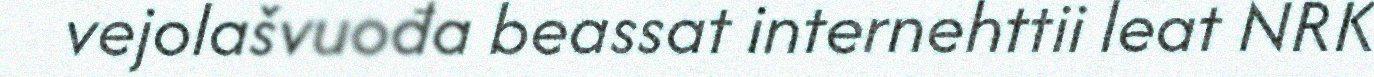
vejolašvuođa beassat internehttii leat NRK